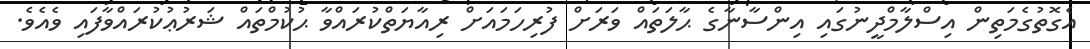
އެގޮތުގެމަތިން އިސްލާމްދީނުގައި އިންސާނާގެ ޙާލަތައް ވަރަށް ފުރިހަމައަށް ރިއާޔަތްކުރައްވާ ޙުކުމްތައް ޝަރުޢުކުރައްވާފައި ވެއެވެ.